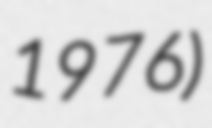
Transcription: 1976)